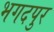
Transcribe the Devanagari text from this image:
भगदपुर